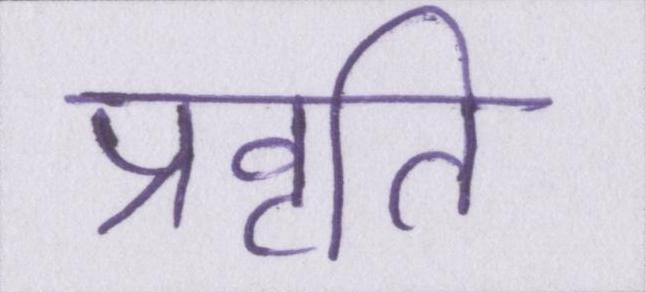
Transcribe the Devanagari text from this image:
प्रवृति